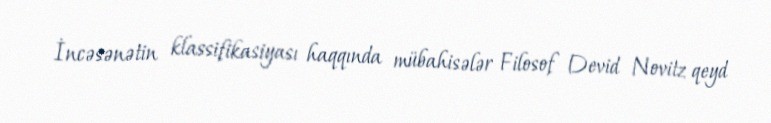
İncəsənətin klassifikasiyası haqqında mübahisələr Filosof Devid Novitz qeyd